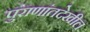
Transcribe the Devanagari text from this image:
पुराणांतदेखील